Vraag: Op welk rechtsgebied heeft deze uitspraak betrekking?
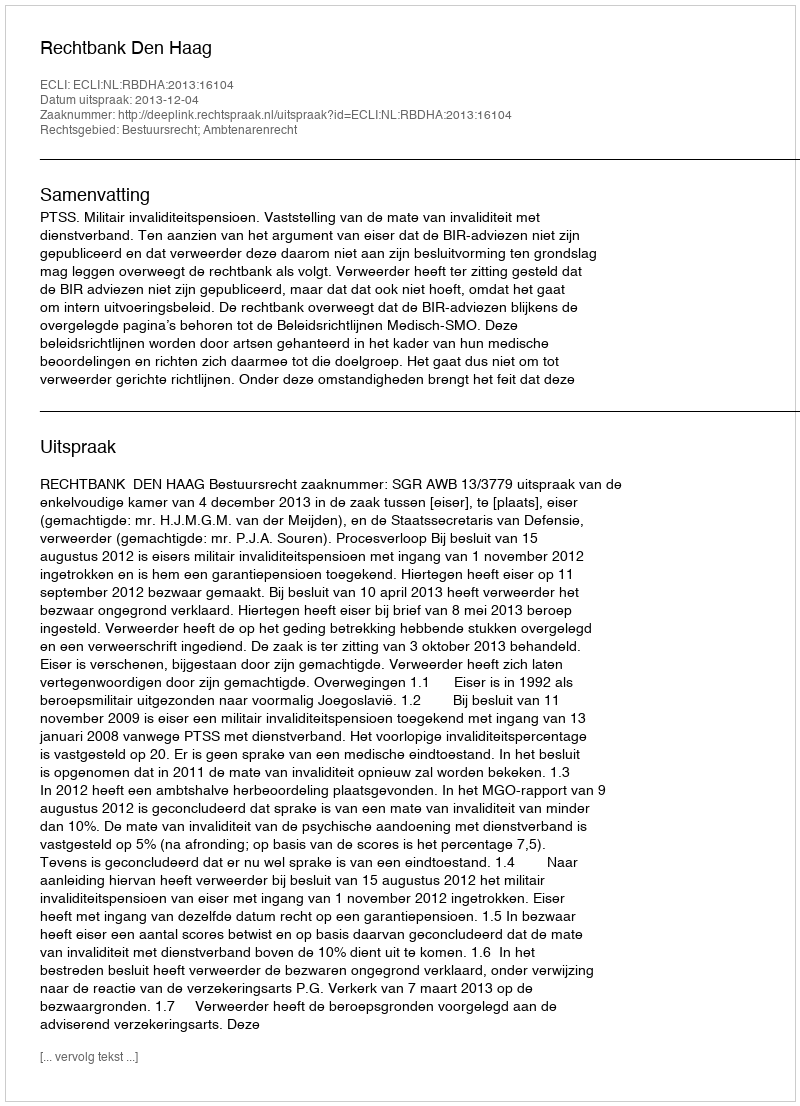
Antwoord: Bestuursrecht; Ambtenarenrecht